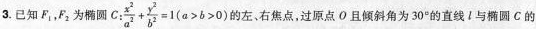
3.已知F_{1}，F_{2}为椭圆C:$$\frac{x^{2}}{a^{2}}+\frac{y^{2}}{b^{2}}=1(a>b>0)$$的左、右焦点，过原点O且倾斜角为30^{\circ}的直线l与椭圆C的